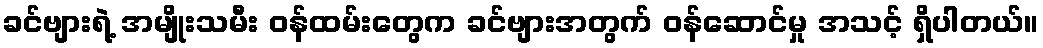
ခင်ဗျားရဲ့ အမျိုးသမီး ဝန်ထမ်းတွေက ခင်ဗျားအတွက် ဝန်ဆောင်မှု အသင့် ရှိပါတယ်။